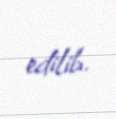
edilib.